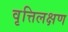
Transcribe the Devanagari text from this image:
वृत्तिलक्षण